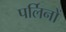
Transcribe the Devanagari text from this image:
पर्लिनों